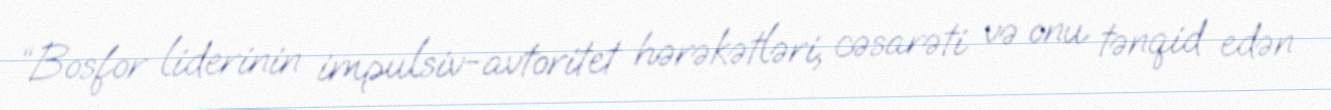
“Bosfor liderinin impulsiv-avtoritet hərəkətləri, cəsarəti və onu tənqid edən